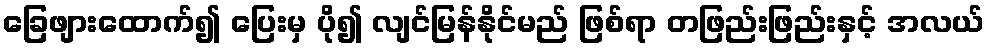
ခြေဖျားထောက်၍ ပြေးမှ ပို၍ လျင်မြန်နိုင်မည် ဖြစ်ရာ တဖြည်းဖြည်းနှင့် အလယ်